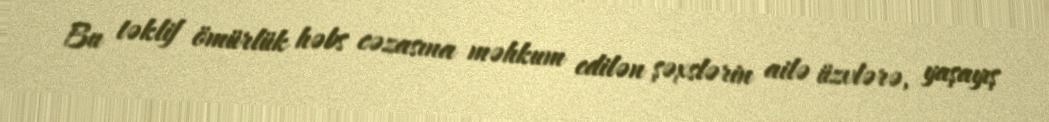
Bu təklif ömürlük həbs cəzasına məhkum edilən şəxslərin ailə üzvlərə, yaşayış